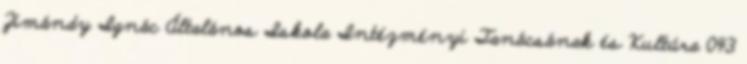
Zimándy Ignác Általános Iskola Intézményi Tanácsának és Kultúra 043